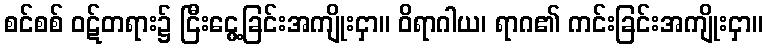
စင်စစ် ဝဋ်တရား၌ ငြီးငွေ့ခြင်းအကျိုးငှာ။ ဝိရာဂါယ၊ ရာဂ၏ ကင်းခြင်းအကျိုးငှာ။